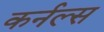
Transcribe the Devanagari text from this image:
कर्नल्‍स